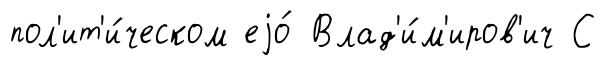
пол'ит'и́ческом еjо́ Влад'и́м'иров'ич С